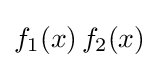
f_{1}(x)\,f_{2}(x)